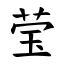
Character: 莹